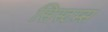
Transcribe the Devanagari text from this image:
सिस्टम्स